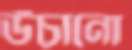
উঁঁচানো